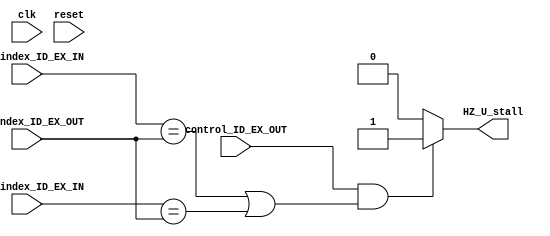
`timescale 1ns / 1ps
//////////////////////////////////////////////////////////////////////////////////
// Company: 
// Engineer: 
// 
// Design Name: 
// Module Name: Hazard_Unit
// Project Name: 
// Target Devices: 
// Tool Versions: 
// Description: 
// 
// Dependencies: 
// 
// Revision:
// Revision 0.01 - File Created
// Additional Comments:
// 
//////////////////////////////////////////////////////////////////////////////////


module Hazard_Unit(
    input clk, 
    input reset,
    input [4:0] rgS1_index_ID_EX_IN,
    input [4:0] rgS2_index_ID_EX_IN,
    input [4:0] rgD_index_ID_EX_OUT,
    input control_ID_EX_OUT,   //Indicate if it is a Load
    
    output HZ_U_stall
    );
    
    reg HZ_U_stall_sign;
    
    always @(*) begin
        HZ_U_stall_sign = 1'b0;
        
        if (control_ID_EX_OUT && ( (rgS1_index_ID_EX_IN == rgD_index_ID_EX_OUT) || (rgS2_index_ID_EX_IN == rgD_index_ID_EX_OUT) ) )
            HZ_U_stall_sign = 1'b1;            
    end
    
    assign HZ_U_stall = HZ_U_stall_sign;
    
endmodule